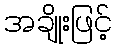
အချိုးဖြင့်